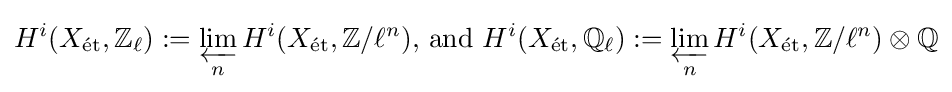
H^{i}(X_{\text{ét}},\mathbb {Z} _{\ell }):=\varprojlim _{n}H^{i}(X_{\text{ét}},\mathbb {Z} /\ell ^{n}){\text{, and }}H^{i}(X_{\text{ét}},\mathbb {Q} _{\ell }):=\varprojlim _{n}H^{i}(X_{\text{ét}},\mathbb {Z} /\ell ^{n})\otimes \mathbb {Q}